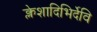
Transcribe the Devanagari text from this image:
क्लेशादिभिर्देवि